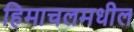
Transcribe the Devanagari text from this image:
हिमाचलमधील